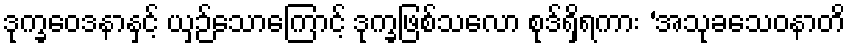
ဒုက္ခဝေဒနာနှင့် ယှဉ်သောကြောင့် ဒုက္ခဖြစ်သလော စုဒ်ရှိရကား ‘အသုခသေဝနာတိ